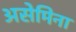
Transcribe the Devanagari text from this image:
असेमिना